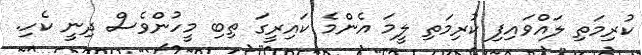
ކުރިމަތި ލައްވައިފި ކުރިމަތި ލީމަ އެންމެ ކައިރީގަ ތިބި މީހުންވެސް ދިނީ ކެހި.